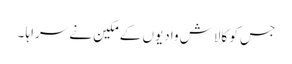
جس کو کالاش وادیوں کے مکین نے سراہا ۔